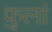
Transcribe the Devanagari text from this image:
फुलां